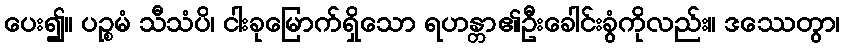
ပေး၍။ ပဉ္စမံ သီသံပိ၊ ငါးခုမြောက်ရှိသော ရဟန္တာ၏ဦးခေါင်းခွံကိုလည်း။ ဒဿေတွာ၊